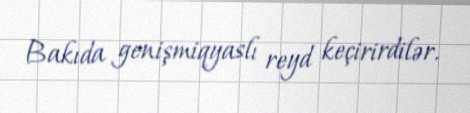
Bakıda genişmiqyaslı reyd keçirirdilər.